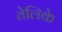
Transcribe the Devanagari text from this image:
तेलिके